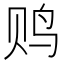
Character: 𱉐